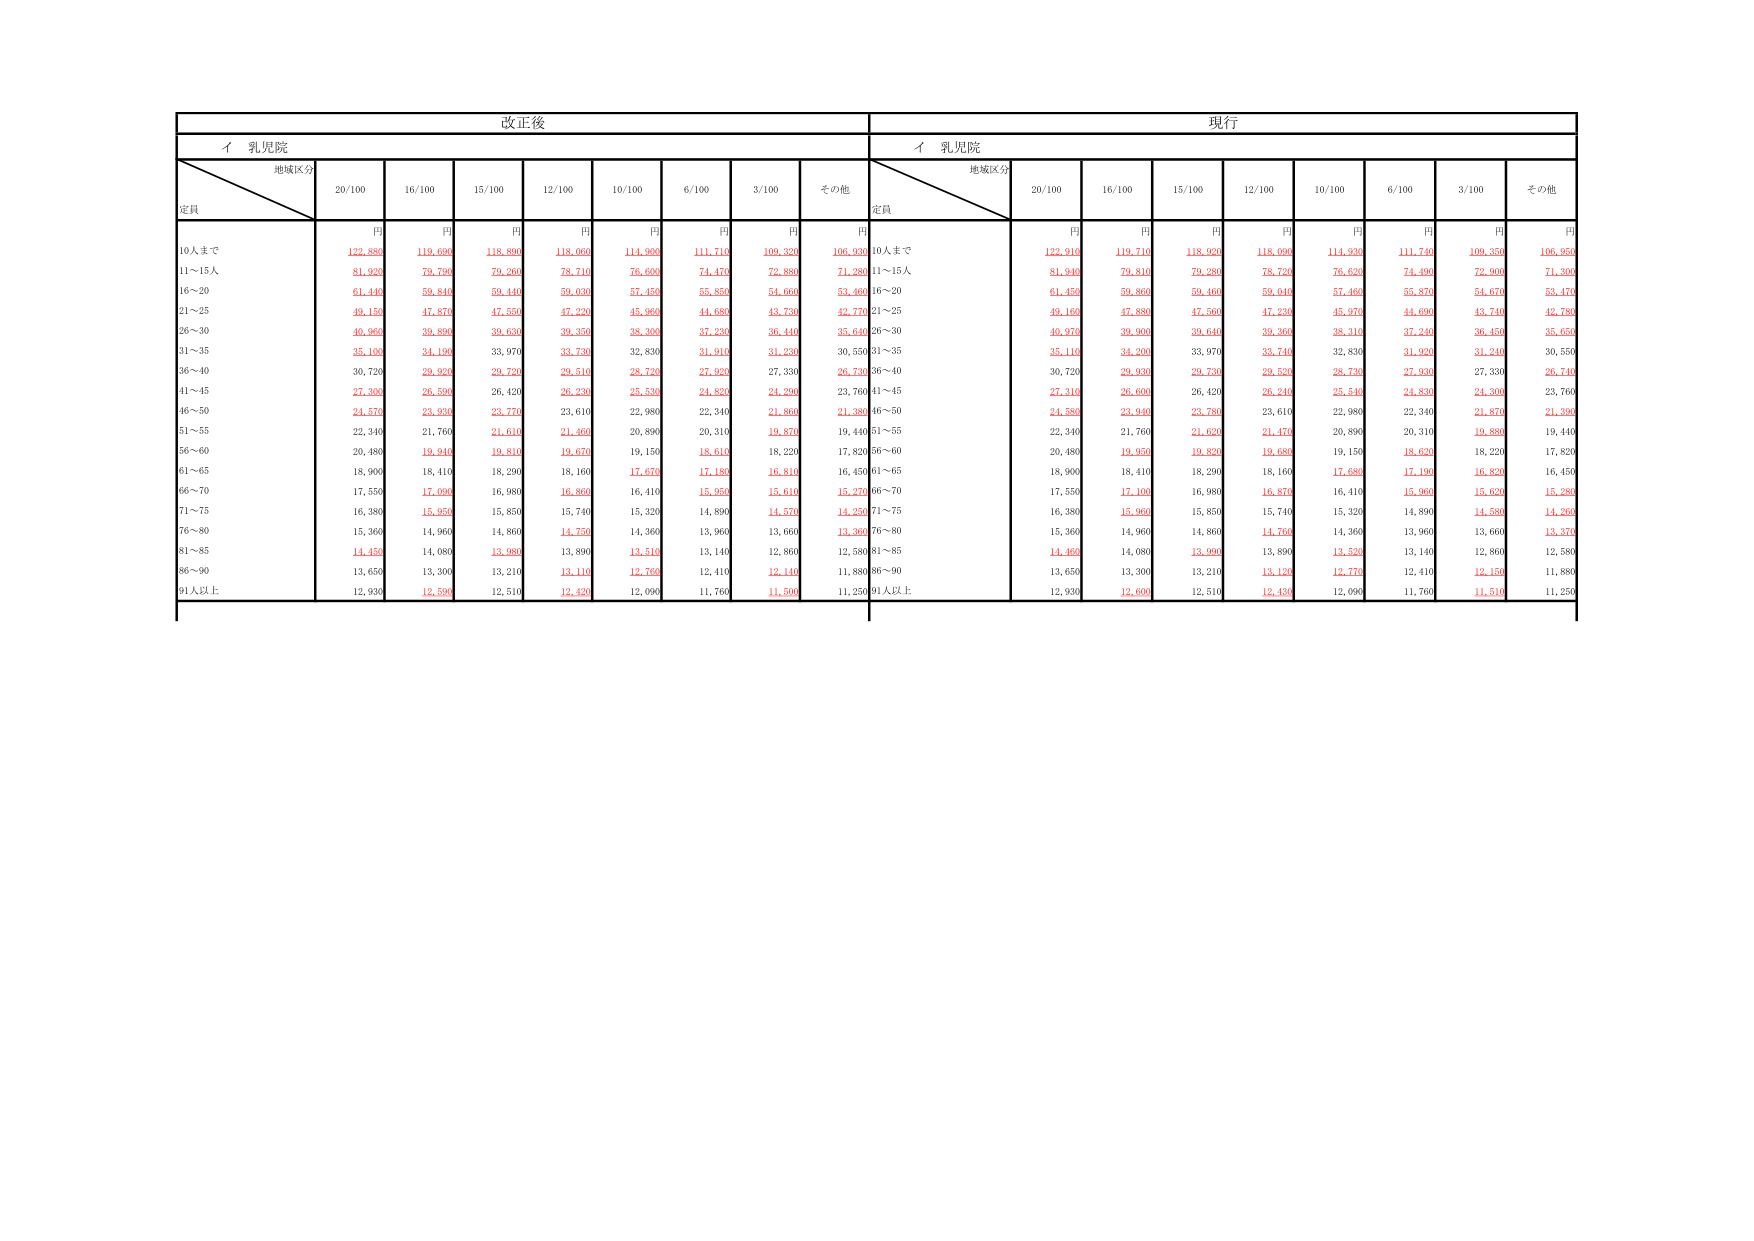
改正後
現行
イ 乳児院
イ 乳児院
地域区分
定員
20/100
16/100
15/100
12/100
10/100
6/100
3/100
その他
地域区分
定員
20/100
16/100
15/100
12/100
10/100
6/100
3/100
その他
円
円
円
円
円
円
円
円
円
円
円
円
円
円
円
円
円
円
10人まで
122,880
119,690
118,890
118,060
114,300
111,710
109,320
106,930
10人まで
122,910
119,710
118,920
118,090
114,390
111,740
109,350
106,950
11～15人
81,920
79,700
79,260
78,710
76,600
74,470
72,880
71,280
11～15人
81,940
79,810
79,280
78,720
76,620
74,490
72,900
71,300
16～20
61,440
59,840
59,440
59,030
57,450
55,850
54,660
53,460
16～20
61,450
59,860
59,460
59,040
57,460
55,870
54,670
53,470
21～25
49,150
47,870
47,550
47,220
45,960
44,680
43,730
42,770
21～25
49,160
47,880
47,560
47,230
45,970
44,690
43,740
42,780
26～30
40,960
39,830
39,630
39,350
38,300
37,230
36,440
35,640
26～30
40,970
39,900
39,640
39,360
38,310
37,240
36,450
35,650
31～35
35,100
34,100
33,970
33,730
32,830
31,910
31,230
30,550
31～35
35,110
34,200
33,970
33,740
32,830
31,920
31,240
30,550
36～40
30,720
29,920
29,720
29,510
28,740
27,920
27,330
26,730
36～40
30,720
29,930
29,730
29,520
28,740
27,930
27,330
26,740
41～45
27,300
26,590
26,420
26,230
25,530
24,820
24,290
23,760
41～45
27,310
26,600
26,420
26,240
25,540
24,830
24,300
23,760
46～50
24,570
23,930
23,770
23,610
22,980
22,340
21,860
21,380
46～50
24,580
23,940
23,780
23,610
22,980
22,340
21,870
21,390
51～55
22,340
21,760
21,610
21,460
20,890
20,310
19,870
19,440
51～55
22,340
21,760
21,620
21,470
20,890
20,310
19,880
19,440
56～60
20,480
19,940
19,810
19,670
19,150
18,610
18,220
17,820
56～60
20,480
19,950
19,820
19,680
19,150
18,620
18,220
17,820
61～65
18,900
18,410
18,290
18,160
17,670
17,180
16,810
16,450
61～65
18,900
18,410
18,290
18,160
17,680
17,190
16,820
16,450
66～70
17,550
17,090
16,980
16,860
16,410
15,950
15,610
15,270
66～70
17,550
17,100
16,980
16,870
16,410
15,960
15,620
15,280
71～75
16,380
15,950
15,850
15,740
15,320
14,890
14,570
14,250
71～75
16,380
15,960
15,850
15,740
15,320
14,890
14,580
14,260
76～80
15,360
14,960
14,860
14,750
14,360
13,960
13,660
13,360
76～80
15,360
14,960
14,860
14,760
14,360
13,960
13,660
13,370
81～85
14,450
14,080
13,980
13,890
13,510
13,140
12,860
12,580
81～85
14,460
14,080
13,990
13,890
13,500
13,140
12,860
12,580
86～90
13,650
13,300
13,210
13,110
12,760
12,410
12,140
11,880
86～90
13,650
13,300
13,210
13,120
12,770
12,410
12,150
11,880
91人以上
12,930
12,590
12,510
12,420
12,090
11,760
11,500
11,250
91人以上
12,930
12,600
12,510
12,430
12,090
11,760
11,510
11,250